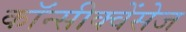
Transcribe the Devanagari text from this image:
कॉन्सीक्वेंसेज